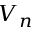
V _ { n }